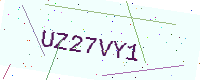
Text: UZ27VY1